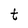
Character: t